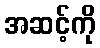
အဆင့်ကို